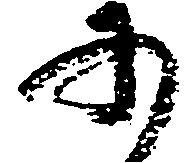
承